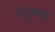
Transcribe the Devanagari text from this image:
रत्तूचक